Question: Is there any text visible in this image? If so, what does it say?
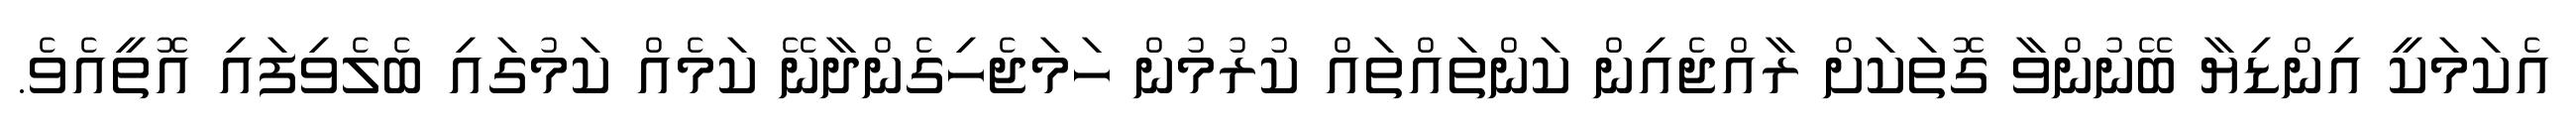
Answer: އެކަމަކީ އިންޑިޔާ ބޭނުންވާ ގޮތަކަށް ރާއްޖެއިން ކަންތައްތައް ކުރުމުން ހަމަޖެހިގެންދާނޭ ކަމެއް ކަމުގައި ބެލެވިފައި އޮތީއެވެ.